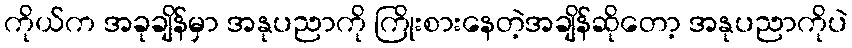
ကိုယ်က အခုချိန်မှာ အနုပညာကို ကြိုးစားနေတဲ့အချိန်ဆိုတော့ အနုပညာကိုပဲ